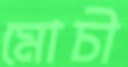
মোচী